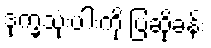
ဒုက္ခသုံးပါးကို ပြဆိုခန်း